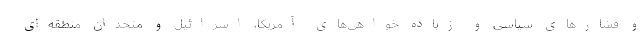
و فشارهای سیاسی و زیاده خواهی‌های آمریکا، اسرائیل و متحدان منطقه‌ای